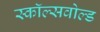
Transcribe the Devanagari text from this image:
स्कॉल्सवोल्ड